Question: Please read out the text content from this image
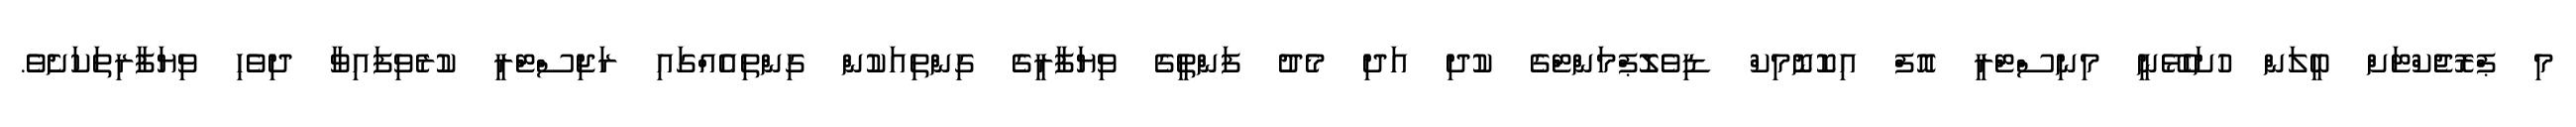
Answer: މި ޕްރޮޖެކްޓަށް ބީލަން ހުށަހެޅޭނީ މިނިސްޓްރީ އޮފް އިކޮނޮމިކް ޑިވެލޮޕްމަންޓްގެ ކުދި އަދި މެދު ފަންތީގެ ވިޔަފާރީގެ ގިންތިއަކުން ގިންތިއެއްގައި ރަޖިސްޓްރީ ކުރެވިފައިވާ ދިވެހި ވިޔަފާރިތަކަށެވެ.